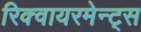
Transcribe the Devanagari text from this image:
रिक्वायरमेन्ट्स